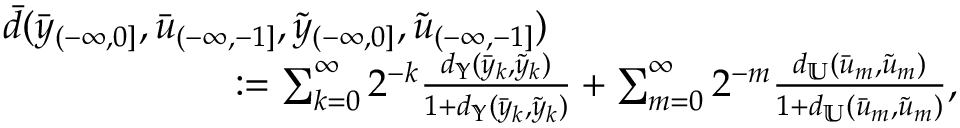
\begin{array} { r l } & { \bar { d } ( \bar { y } _ { ( - \infty , 0 ] } , \bar { u } _ { ( - \infty , - 1 ] } , \tilde { y } _ { ( - \infty , 0 ] } , \tilde { u } _ { ( - \infty , - 1 ] } ) } \\ & { \qquad \qquad \qquad : = \sum _ { k = 0 } ^ { \infty } 2 ^ { - k } \frac { d _ { \mathbb { Y } } ( \bar { y } _ { k } , \tilde { y } _ { k } ) } { 1 + d _ { \mathbb { Y } } ( \bar { y } _ { k } , \tilde { y } _ { k } ) } + \sum _ { m = 0 } ^ { \infty } 2 ^ { - m } \frac { d _ { \mathbb { U } } ( \bar { u } _ { m } , \tilde { u } _ { m } ) } { 1 + d _ { \mathbb { U } } ( \bar { u } _ { m } , \tilde { u } _ { m } ) } , } \end{array}